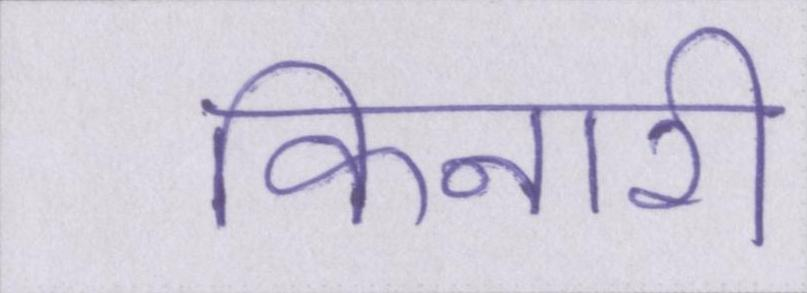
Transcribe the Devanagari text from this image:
किनारी